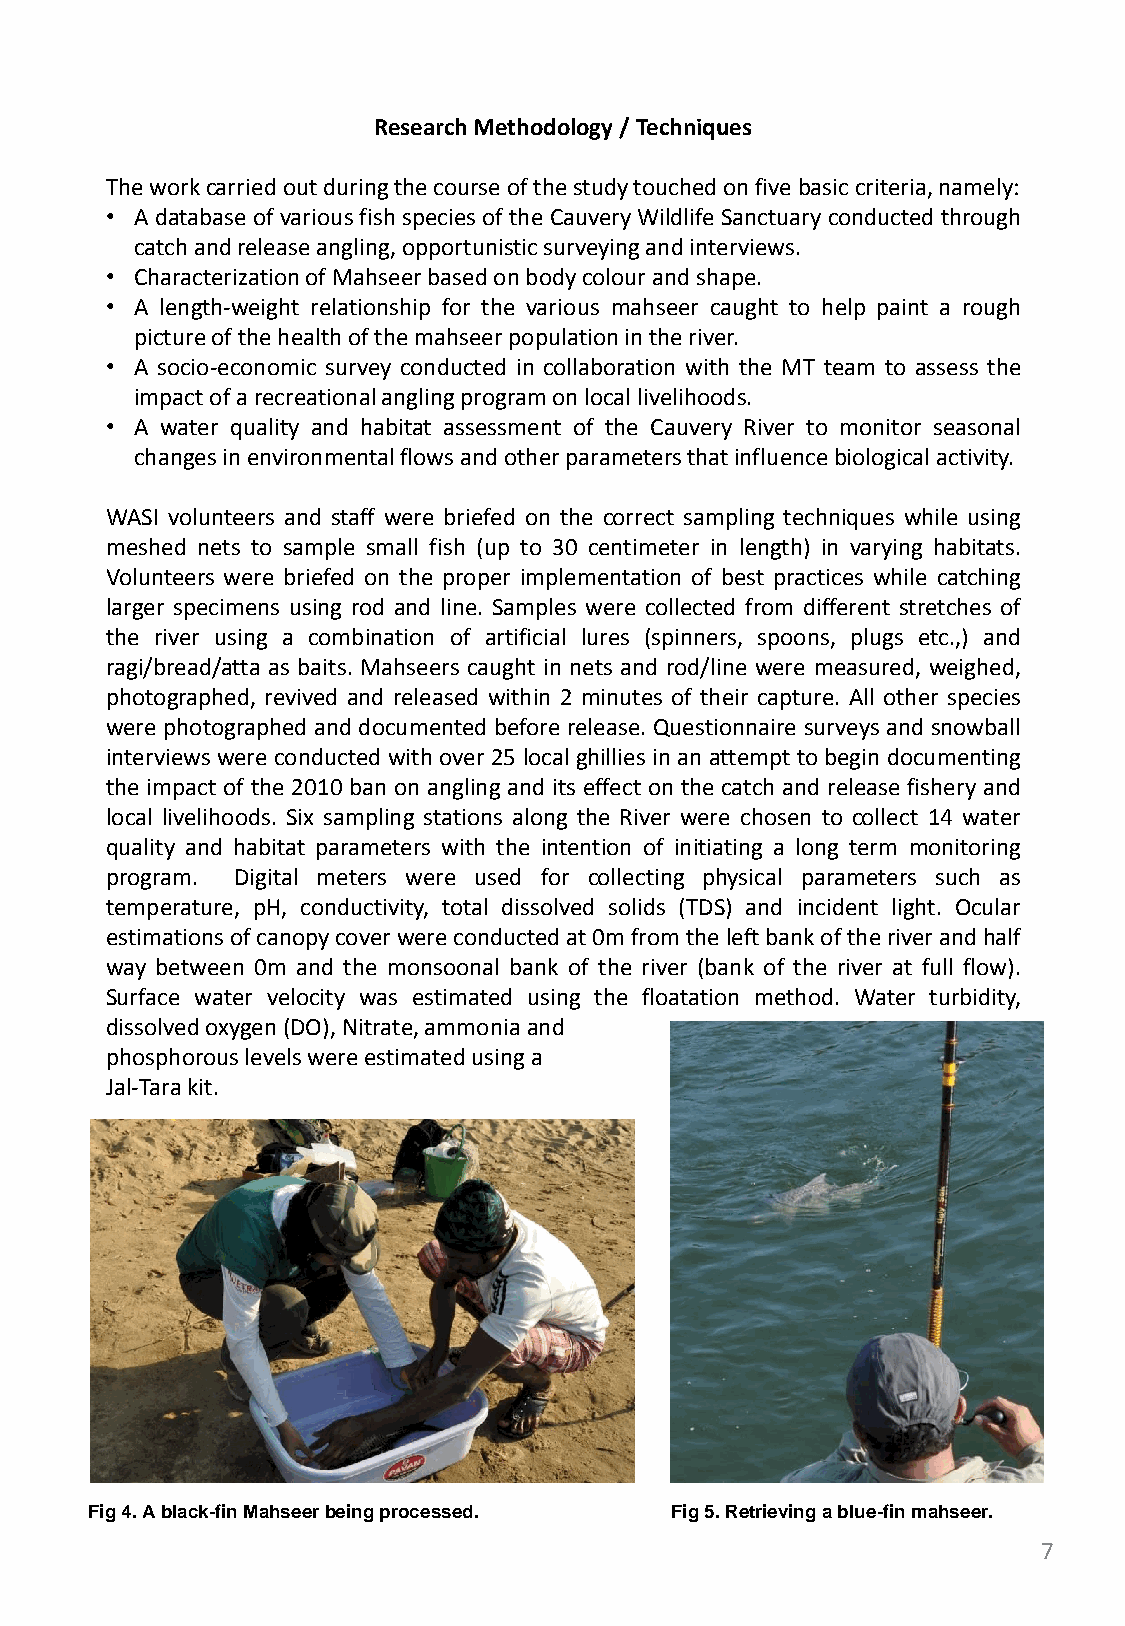
Research Methodology / Techniques
 The work carried out during the course of the study touched on five basic criteria, namely:
 • A database of various fish species of the Cauvery Wildlife Sanctuary conducted through
 catch and release angling, opportunistic surveying and interviews.
 • Characterization of Mahseer based on body colour and shape.
 • A length-weight relationship for the various mahseer caught to help paint a rough
 picture of the health of the mahseer population in the river.
 • A socio-economic survey conducted in collaboration with the MT team to assess the
 impact of a recreational angling program on local livelihoods.
 • A water quality and habitat assessment of the Cauvery River to monitor seasonal
 changes in environmental flows and other parameters that influence biological activity.
 WASI volunteers and staff were briefed on the correct sampling techniques while using
 meshed nets to sample small fish (up to 30 centimeter in length) in varying habitats.
 Volunteers were briefed on the proper implementation of best practices while catching
 larger specimens using rod and line. Samples were collected from different stretches of
 the river using a combination of artificial lures (spinners, spoons, plugs etc.,) and
 ragi/bread/atta as baits. Mahseers caught in nets and rod/line were measured, weighed,
 photographed, revived and released within 2 minutes of their capture. All other species
 were photographed and documented before release. Questionnaire surveys and snowball
 interviews were conducted with over 25 local ghillies in an attempt to begin documenting
 the impact of the 2010 ban on angling and its effect on the catch and release fishery and
 local livelihoods. Six sampling stations along the River were chosen to collect 14 water
 quality and habitat parameters with the intention of initiating a long term monitoring
 program. Digital meters were used for collecting physical parameters such as
 temperature, pH, conductivity, total dissolved solids (TDS) and incident light. Ocular
 estimations of canopy cover were conducted at 0m from the left bank of the river and half
 way between 0m and the monsoonal bank of the river (bank of the river at full flow).
 Surface water velocity was estimated using the floatation method. Water turbidity,
 dissolved oxygen (DO), Nitrate, ammonia and
 phosphorous levels were estimated using a
 Jal-Tara kit.
 Fig 4. A black-fin Mahseer being processed. Fig 5. Retrieving a blue-fin mahseer.
 7